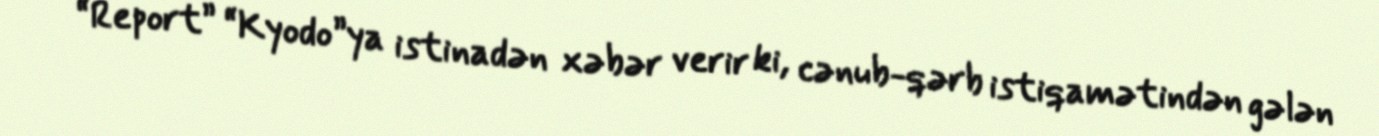
“Report” “Kyodo”ya istinadən xəbər verir ki, cənub-qərb istiqamətindən gələn